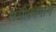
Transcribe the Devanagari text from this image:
लसीकामार्ग